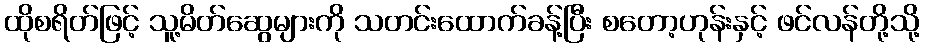
ထိုစရိတ်ဖြင့် သူ့မိတ်ဆွေများကို သတင်းထောက်ခန့်ပြီး စတော့ဟုန်းနှင့် ဖင်လန်တို့သို့